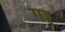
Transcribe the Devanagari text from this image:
गड्ड